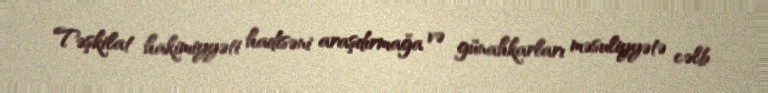
Təşkilat hakimiyyəti hadisəni araşdırmağa və günahkarları məsuliyyətə cəlb